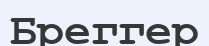
Бреггер